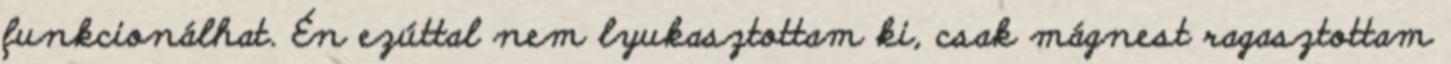
funkcionálhat. Én ezúttal nem lyukasztottam ki, csak mágnest ragasztottam